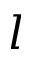
l